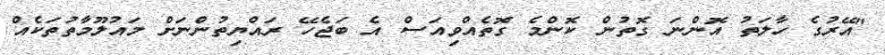
"އޭރުގެ ހާލަތު އޮންނަ ގޮތުން ކޮންމެ ގޮތެއްވިއަސް އެ ބަޖެހޭ ރައްޔިތުންނަށް މައުލޫމާތުތަކެއް